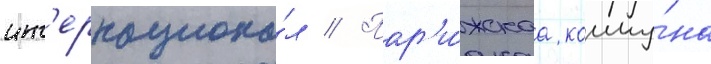
инт'ернациона́л // Пар'и́жскаа комму́на